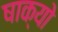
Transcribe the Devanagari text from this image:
षाक्यो